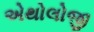
એથોલોજી